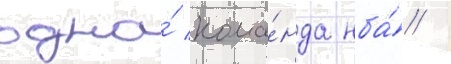
одна́ кома́нда нба́ /